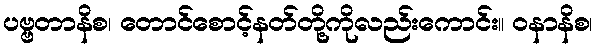
ပဗ္ဗတာနိစ၊ တောင်စောင့်နတ်တို့ကိုလည်းကောင်း။ ဝနာနိစ၊